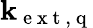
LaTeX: \textbf{k}_{\mathrm{~e~x~t~,~q~}}